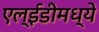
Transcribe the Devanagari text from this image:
एल्‌ईडीमध्ये